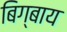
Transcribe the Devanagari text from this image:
बिग्बाय